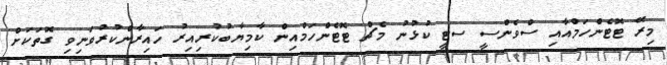
މިރޭ ޓޮޓެންހަމްއާއި ސްވެންސީ ސޓީ ކުޅުނު މެޗް ޓޮޓެންހަމްއިން ކާމިޔާބުކުރިއިރު ހައިރާންކުރުވަނިވި ގޮތަކަށް